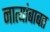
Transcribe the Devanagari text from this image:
नात्यांबाबत